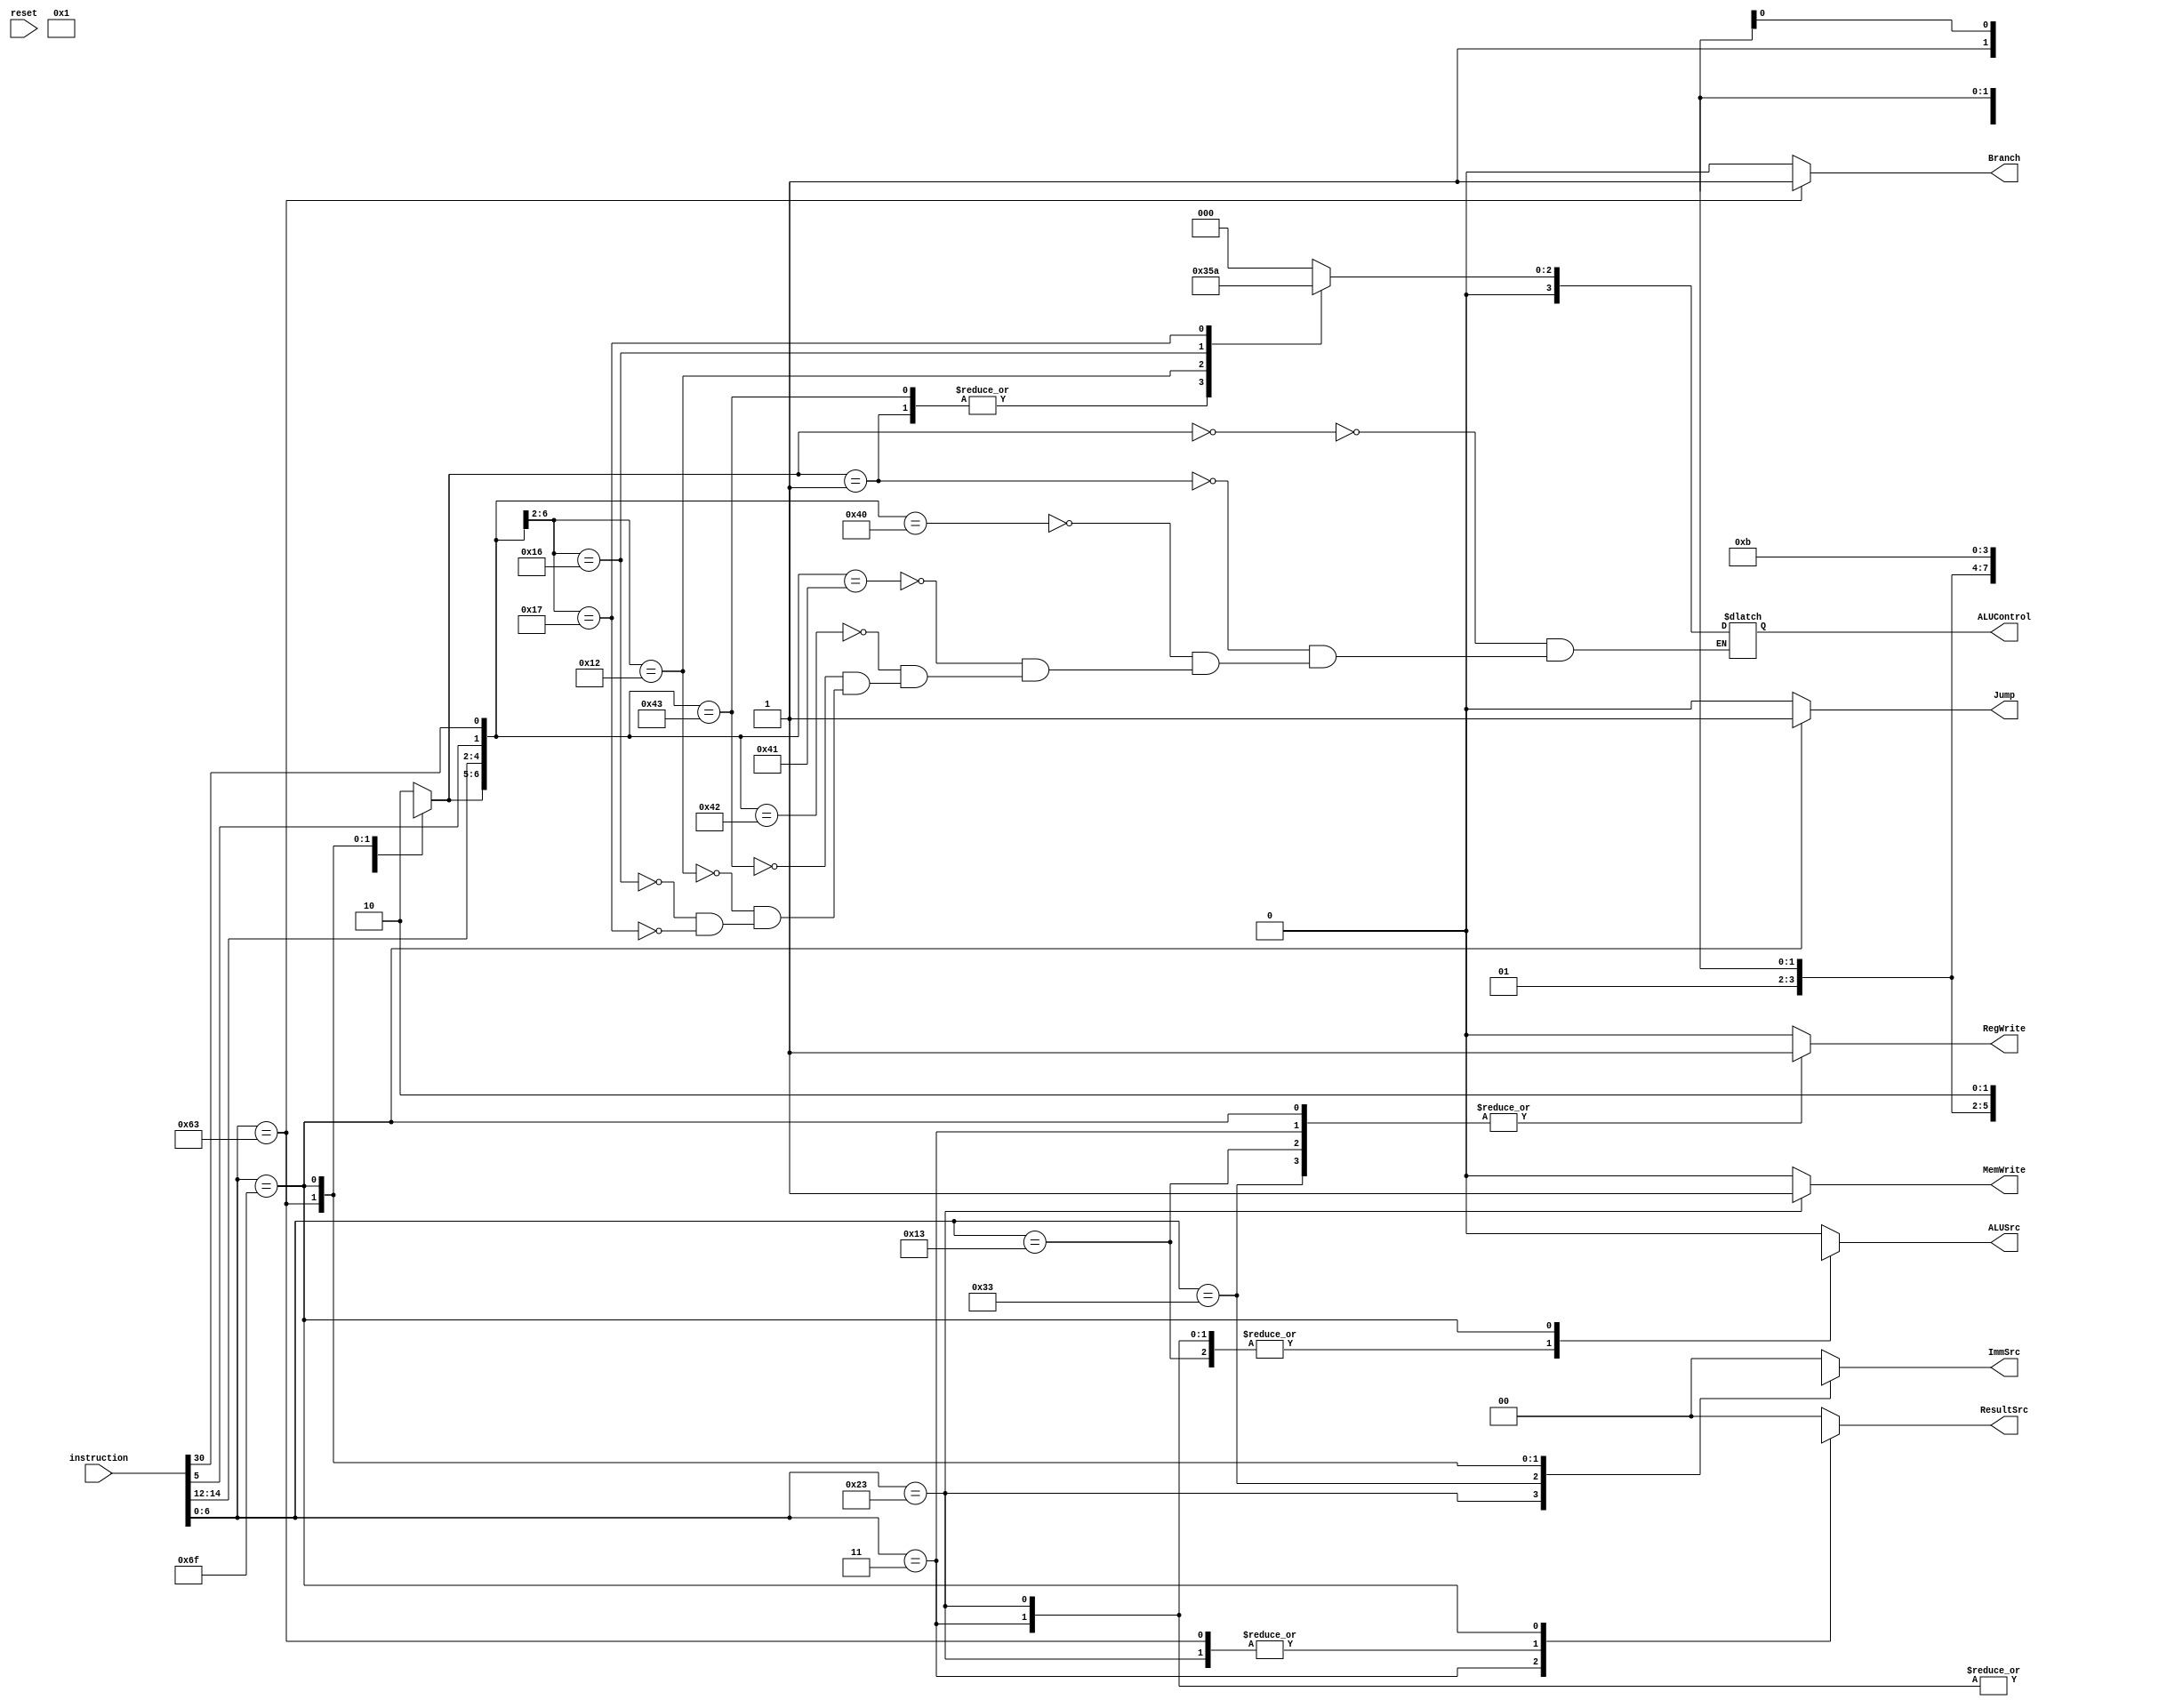
module control_unit(instruction,RegWrite,ImmSrc,ALUSrc,MemWrite,ResultSrc,Branch,ALUControl,Jump,reset);
	
	input reset;
  input [31:0]instruction;
  output reg RegWrite;
  output reg [1:0]ImmSrc;
  output reg ALUSrc;
  output reg MemWrite;
  output reg [1:0]ResultSrc;
  output reg Branch;

  output reg [3:0]ALUControl;
  output reg Jump;

  	reg [1:0]ALUOP;
	reg [6:0]Op;
  	reg [2:0]func3;
  	assign func3=instruction[14:12];
  	reg [1:0]conc;
  	assign conc={instruction[5],instruction[30]};

	reg [6:0]totalALU;
	
  	assign Op=instruction[6:0];
	
	assign totalALU={ALUOP,func3,conc};
  always@(*) begin
    if(reset) begin
      Jump=0;
      Branch=0;
    end

	case(Op)
      	//lw instruction
		7'b0000011: begin
			RegWrite=1'b1;
			ImmSrc=2'b00;
			ALUSrc=1'b1;
			MemWrite=1'b0;
			ResultSrc=2'b01;
			Branch=1'b0;
			ALUOP='b00;
          	Jump=1'b0;
			end
      	//sw instruction
		7'b0100011: begin
			RegWrite=1'b0;
			ImmSrc=2'b01;
			ALUSrc=1'b1;
			MemWrite=1'b1;
			ResultSrc=2'bxx;
			Branch=1'b0;
			ALUOP='b00;
          	Jump=1'b0;
			end
      	//R-type instruction
		7'b0110011: begin
			RegWrite=1'b1;
			ImmSrc=2'bxx;
			ALUSrc=1'b0;
			MemWrite=1'b0;
			ResultSrc=2'b00;
			Branch=1'b0;
			ALUOP=2'b10;
          	Jump=1'b0;
			end
      	//branch instruction
		7'b1100011: begin
			RegWrite=1'b0;
			ImmSrc=2'b10;
			ALUSrc=1'b0;
			MemWrite=1'b0;
			ResultSrc=2'bxx;
			Branch=1'b1;
			ALUOP='b01;
          	Jump=1'b0;
			end
      	//addi instruction
      	7'b0010011: begin
			RegWrite=1'b1;
			ImmSrc=2'b00;
			ALUSrc=1'b1;
			MemWrite=1'b0;
			ResultSrc=2'b00;
			Branch=1'b0;
			ALUOP='b10;
          	Jump=1'b0;
			end
        //jal instruction
      	7'b1101111: begin
			RegWrite=1'b1;
			ImmSrc=2'b11;
			ALUSrc=1'bx;
			MemWrite=1'b0;
			ResultSrc=2'b10;
			Branch=1'b0;
			ALUOP='bxx;
          	Jump=1'b1;
			end
      	default: begin
          RegWrite=1'b0;
			ImmSrc=2'b00;
			ALUSrc=1'b0;
			MemWrite=1'b0;
			ResultSrc=2'b00;
			Branch=1'b0;
			ALUOP='b10;
          	Jump=1'b0;
        end
	endcase
  end
  always@(*) begin
	casex(totalALU)
		7'b00xxxxx: begin
			ALUControl=4'b0000;
			end
		7'b01xxxxx: begin
			ALUControl=4'b0001;
			end
//       	7'b01000xx: begin
//           	ALUControl=4'b0001;
//         	end
//       	7'b01001xx: begin
//           	ALUControl=4'b0001;
//         	end
//       	7'b01100xx: begin
//           	ALUControl=4'b1110;
//         	end
//       	7'b01101xx: begin
//           	ALUControl=4'b11110;
//         	end
      	
      
		7'b1000000: begin
			ALUControl=4'b0000;
			end
		7'b1000001: begin
			ALUControl=4'b0000;
			end
		7'b1000010: begin
			ALUControl=4'b0000;
			end
		7'b1000011: begin
			ALUControl=4'b0001;
			end
		7'b10010xx: begin
			ALUControl=4'b0101;
			end
		7'b10110xx: begin
			ALUControl=4'b0011;
			end
		7'b10111xx: begin
			ALUControl=4'b0010;
			end
	endcase	
  end
	
endmodule